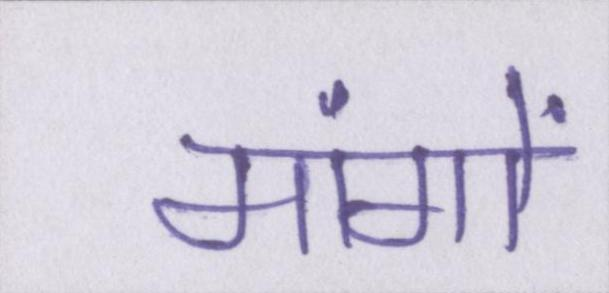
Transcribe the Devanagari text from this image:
मांगों